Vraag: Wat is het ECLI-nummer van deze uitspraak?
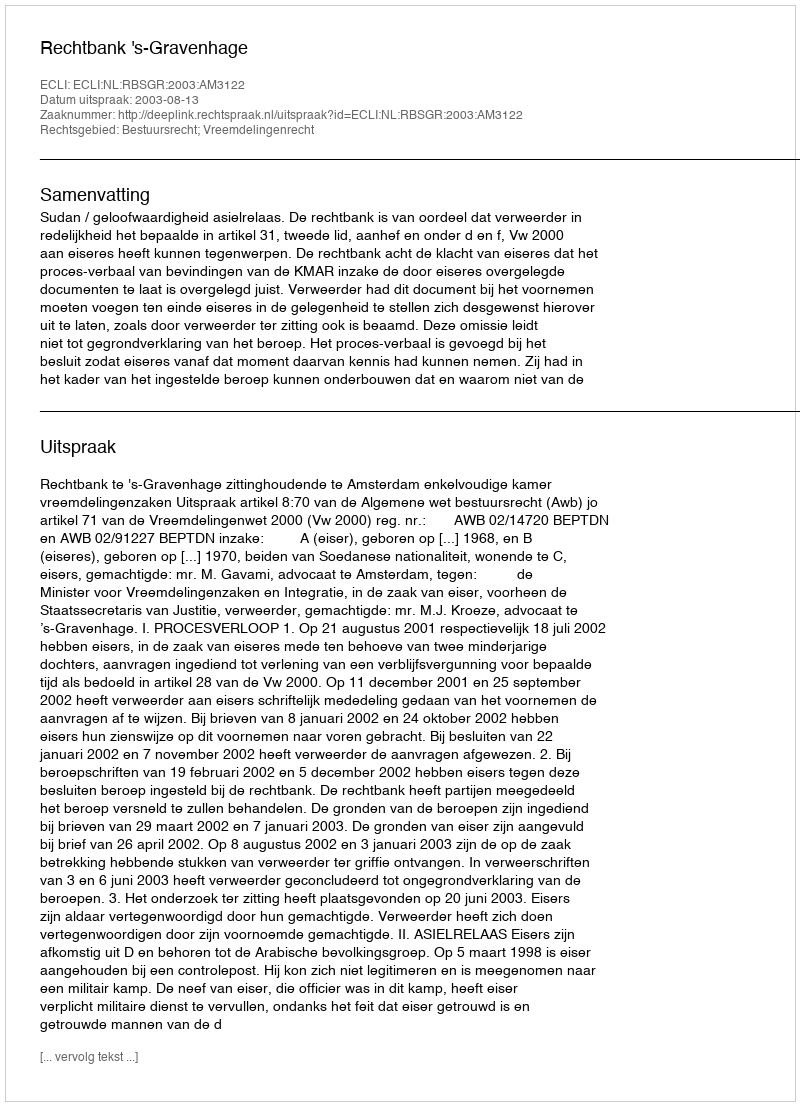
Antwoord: ECLI:NL:RBSGR:2003:AM3122